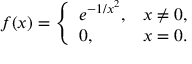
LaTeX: f ( x ) = { \left\{ \begin{array} { l l } { e ^ { - 1 / x ^ { 2 } } , } & { x \neq 0 , } \\ { 0 , } & { x = 0 . } \end{array} \right. }